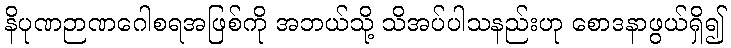
နိပုဏဉာဏဂေါစရအဖြစ်ကို အဘယ်သို့ သိအပ်ပါသနည်းဟု စောဒနာဖွယ်ရှိ၍